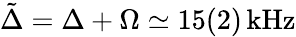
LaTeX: \tilde{\Delta}=\Delta+\Omega\simeq 15(2)\, \mathrm{kHz}